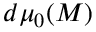
d \mu _ { 0 } ( M )